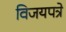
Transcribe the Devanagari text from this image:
विजयपत्रे